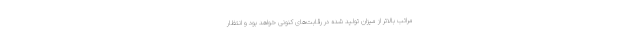
مراتب بالاتر از میزان تولید شده در رقابت‌های کنونی خواهد بود و انتظار